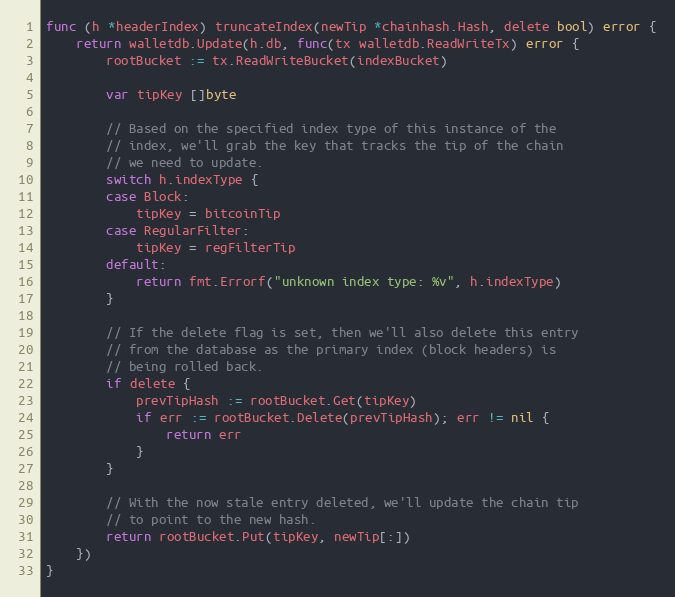
Language: Go
func (h *headerIndex) truncateIndex(newTip *chainhash.Hash, delete bool) error {
	return walletdb.Update(h.db, func(tx walletdb.ReadWriteTx) error {
		rootBucket := tx.ReadWriteBucket(indexBucket)

		var tipKey []byte

		// Based on the specified index type of this instance of the
		// index, we'll grab the key that tracks the tip of the chain
		// we need to update.
		switch h.indexType {
		case Block:
			tipKey = bitcoinTip
		case RegularFilter:
			tipKey = regFilterTip
		default:
			return fmt.Errorf("unknown index type: %v", h.indexType)
		}

		// If the delete flag is set, then we'll also delete this entry
		// from the database as the primary index (block headers) is
		// being rolled back.
		if delete {
			prevTipHash := rootBucket.Get(tipKey)
			if err := rootBucket.Delete(prevTipHash); err != nil {
				return err
			}
		}

		// With the now stale entry deleted, we'll update the chain tip
		// to point to the new hash.
		return rootBucket.Put(tipKey, newTip[:])
	})
}